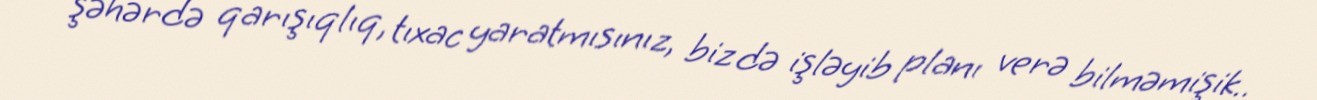
şəhərdə qarışıqlıq, tıxac yaratmısınız, biz də işləyib planı verə bilməmişik..